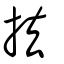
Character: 抾